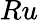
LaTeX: Ru